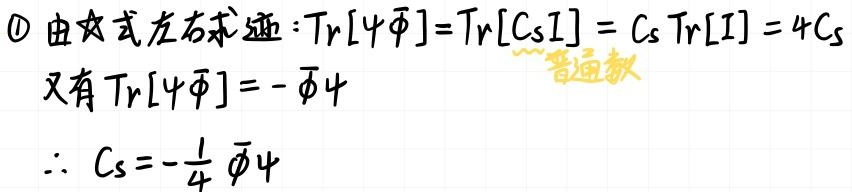
\textcircled{1} 由对式左右求迹：$\mathrm{Tr}[\psi\bar{\psi}]=\mathrm{Tr}[C_S I]=C_S \mathrm{Tr}[I]=4C_S$
又有$\mathrm{Tr}[\psi\bar{\psi}]=-\bar{\psi}\psi$  ~~普通数~~
$\therefore C_S=-\frac{1}{4}\bar{\psi}\psi$